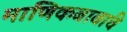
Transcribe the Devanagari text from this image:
माणिकबाबांचे